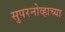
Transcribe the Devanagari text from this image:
सुपरनोव्हाच्या